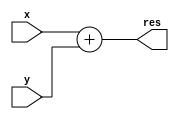
module Adder(x, y, res);
  input [31:0] x, y;
  output [31:0] res;

  assign res = x + y;

endmodule